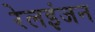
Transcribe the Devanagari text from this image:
रेलइंजन